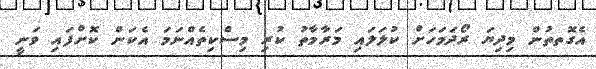
އެގޮތތުން މިދިޔަ ރޯދަމަހަށް ކުލަލައި މަރާމާތު ކުރި މިސްކިތެއްނަމަ އެކަން ކޮށްފައި ވަނީ